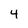
Character: 4